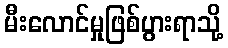
မီးလောင်မှုဖြစ်ပွားရာသို့